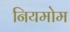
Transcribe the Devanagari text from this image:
नियमोम